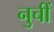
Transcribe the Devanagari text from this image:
नुचीं